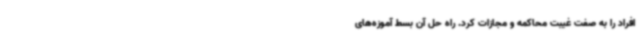
افراد را به صفت غیبت محاکمه و مجازات کرد. راه‌ حل آن بسط آموزه‌های